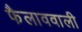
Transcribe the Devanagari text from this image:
फैलाववाली